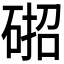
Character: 𮀢